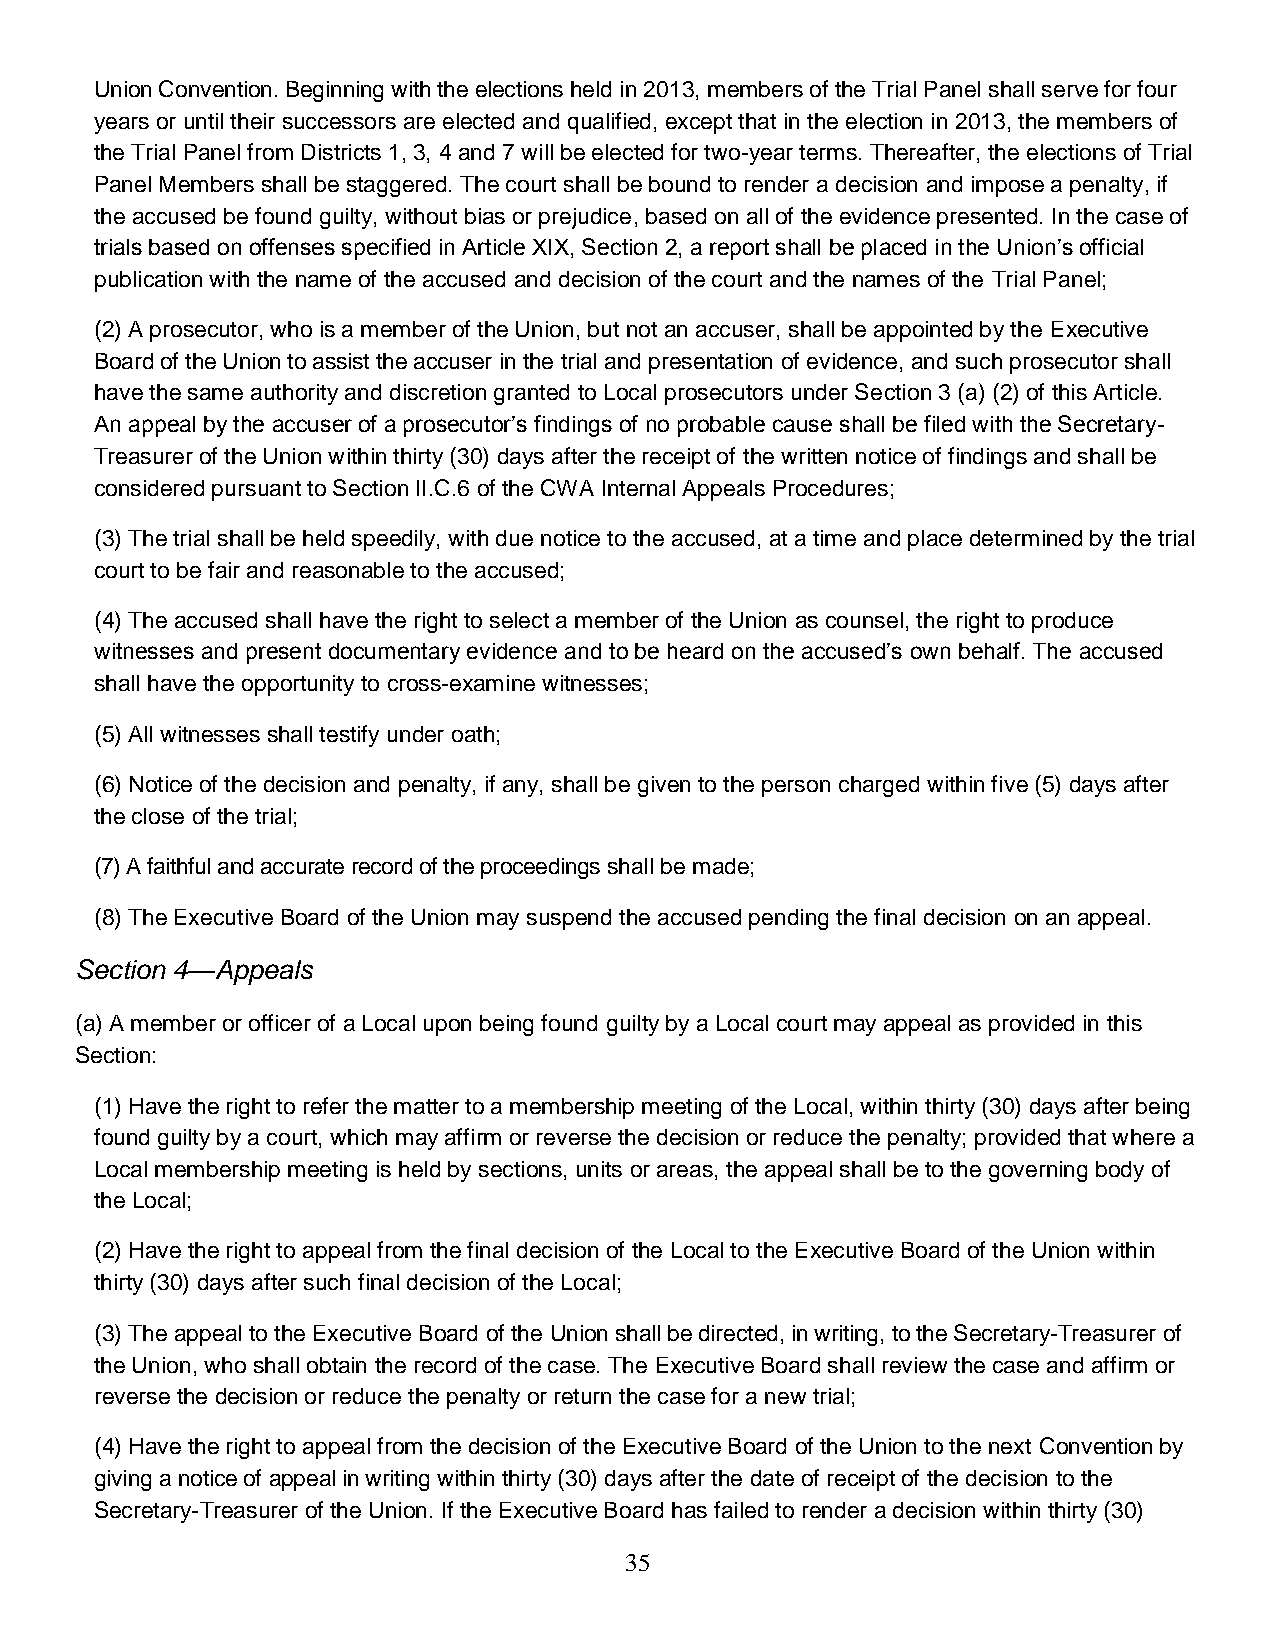
Union Convention. Beginning with the elections held in 2013, members of the Trial Panel shall serve for four
 years or until their successors are elected and qualified, except that in the election in 2013, the members of
 the Trial Panel from Districts 1, 3, 4 and 7 will be elected for two-year terms. Thereafter, the elections of Trial
 Panel Members shall be staggered. The court shall be bound to render a decision and impose a penalty, if
 the accused be found guilty, without bias or prejudice, based on all of the evidence presented. In the case of
 trials based on offenses specified in Article XIX, Section 2, a report shall be placed in the Union’s official
 publication with the name of the accused and decision of the court and the names of the Trial Panel;
 (2) A prosecutor, who is a member of the Union, but not an accuser, shall be appointed by the Executive
 Board of the Union to assist the accuser in the trial and presentation of evidence, and such prosecutor shall
 have the same authority and discretion granted to Local prosecutors under Section 3 (a) (2) of this Article.
 An appeal by the accuser of a prosecutor’s findings of no probable cause shall be filed with the Secretary-
 Treasurer of the Union within thirty (30) days after the receipt of the written notice of findings and shall be
 considered pursuant to Section II.C.6 of the CWA Internal Appeals Procedures;
 (3) The trial shall be held speedily, with due notice to the accused, at a time and place determined by the trial
 court to be fair and reasonable to the accused;
 (4) The accused shall have the right to select a member of the Union as counsel, the right to produce
 witnesses and present documentary evidence and to be heard on the accused’s own behalf. The accused
 shall have the opportunity to cross-examine witnesses;
 (5) All witnesses shall testify under oath;
 (6) Notice of the decision and penalty, if any, shall be given to the person charged within five (5) days after
 the close of the trial;
 (7) A faithful and accurate record of the proceedings shall be made;
 (8) The Executive Board of the Union may suspend the accused pending the final decision on an appeal.
 Section 4—Appeals
 (a) A member or officer of a Local upon being found guilty by a Local court may appeal as provided in this
 Section:
 (1) Have the right to refer the matter to a membership meeting of the Local, within thirty (30) days after being
 found guilty by a court, which may affirm or reverse the decision or reduce the penalty; provided that where a
 Local membership meeting is held by sections, units or areas, the appeal shall be to the governing body of
 the Local;
 (2) Have the right to appeal from the final decision of the Local to the Executive Board of the Union within
 thirty (30) days after such final decision of the Local;
 (3) The appeal to the Executive Board of the Union shall be directed, in writing, to the Secretary-Treasurer of
 the Union, who shall obtain the record of the case. The Executive Board shall review the case and affirm or
 reverse the decision or reduce the penalty or return the case for a new trial;
 (4) Have the right to appeal from the decision of the Executive Board of the Union to the next Convention by
 giving a notice of appeal in writing within thirty (30) days after the date of receipt of the decision to the
 Secretary-Treasurer of the Union. If the Executive Board has failed to render a decision within thirty (30)
 35